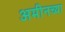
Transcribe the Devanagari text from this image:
अमीनच्या